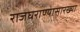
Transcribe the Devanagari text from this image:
राजघराण्यासारख्या